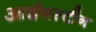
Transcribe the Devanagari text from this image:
आईनस्टीन